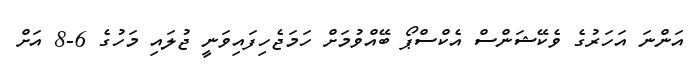
އަންނަ އަހަރުގެ ވެކޭޝަންސް އެކްސްޕޯ ބޭއްވުމަށް ހަމަޖެހިފައިވަނީ ޖުލައި މަހުގެ 6-8 އަށް